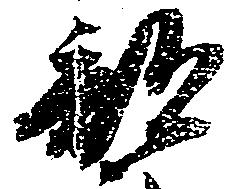
部